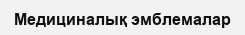
Медициналық эмблемалар